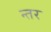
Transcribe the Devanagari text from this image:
न्तर